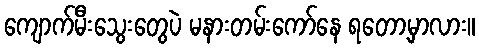
ကျောက်မီးသွေးတွေပဲ မနားတမ်းကော်နေ ရတော့မှာလား။